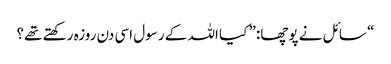
“ سائل نے پوچھا:” کیا اللہ کے رسول اسی دن روزہ رکھتے تھے؟